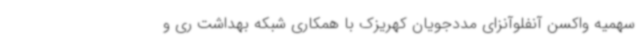
سهمیه واکسن آنفلوآنزای مددجویان کهریزک با همکاری شبکه بهداشت ری و